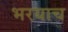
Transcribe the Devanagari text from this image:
भरयाच